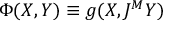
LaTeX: \Phi ( X , Y ) \equiv g ( X , J ^ { M } Y )